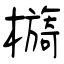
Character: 檹